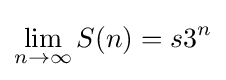
\lim _{n\to \infty }S(n)=s3^{n}